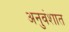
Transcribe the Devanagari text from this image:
अनुवंशात